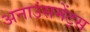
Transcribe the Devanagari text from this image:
अनाउंसमेंट्स